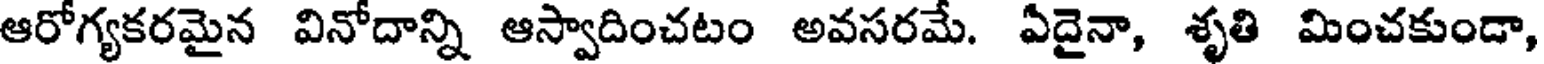
ఆరోగ్యకరమైన వినోదాన్ని ఆస్వాదించటం అవసరమే. ఏదైనా, శృతి మించకుండా,